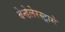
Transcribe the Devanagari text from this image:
बेन्डेलेरस्ट्रासे